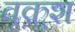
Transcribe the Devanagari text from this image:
वृक़्श